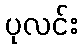
ပုလင်း